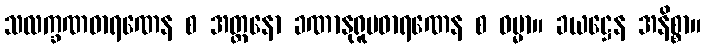
သလက္ခဏဓာရဏေန စ အတ္တနော ခဏာနုရူပဓာရဏေန စ ဓမ္မာ။ ခယဋ္ဌေန အနိစ္စာ။